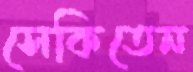
সেকিতেন